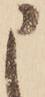
申